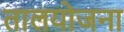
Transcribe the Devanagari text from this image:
तालयोजना